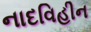
નાદવિહીન